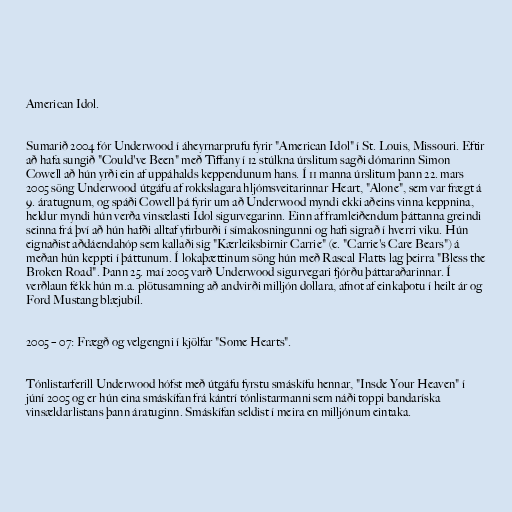
American Idol.

Sumarið 2004 fór Underwood í áheyrnarprufu fyrir "American Idol" í St. Louis, Missouri. Eftir
að hafa sungið "Could've Been" með Tiffany í 12 stúlkna úrslitum sagði dómarinn Simon
Cowell að hún yrði ein af uppáhalds keppendunum hans. Í 11 manna úrslitum þann 22. mars
2005 söng Underwood útgáfu af rokkslagara hljómsveitarinnar Heart, "Alone", sem var frægt á
9. áratugnum, og spáði Cowell þá fyrir um að Underwood myndi ekki aðeins vinna keppnina,
heldur myndi hún verða vinsælasti Idol sigurvegarinn. Einn af framleiðendum þáttanna greindi
seinna frá því að hún hafði alltaf yfirburði í símakosningunni og hafi sigrað í hverri viku. Hún
eignaðist aðdáendahóp sem kallaði sig "Kærleiksbirnir Carrie" (e. "Carrie's Care Bears") á
meðan hún keppti í þáttunum. Í lokaþættinum söng hún með Rascal Flatts lag þeirra "Bless the
Broken Road". Þann 25. maí 2005 varð Underwood sigurvegari fjórðu þáttaraðarinnar. Í
verðlaun fékk hún m.a. plötusamning að andvirði milljón dollara, afnot af einkaþotu í heilt ár og
Ford Mustang blæjubíl.

2005 – 07: Frægð og velgengni í kjölfar "Some Hearts".

Tónlistarferill Underwood hófst með útgáfu fyrstu smáskífu hennar, "Insde Your Heaven" í
júní 2005 og er hún eina smáskífan frá kántrí tónlistarmanni sem náði toppi bandaríska
vinsældarlistans þann áratuginn. Smáskífan seldist í meira en milljónum eintaka.